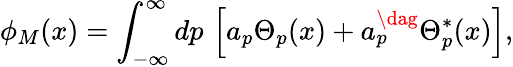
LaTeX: \phi_{M}(x)=\int_{-\infty}^{\infty}dp\, \left[a_{p}\Theta_{p}(x)+a_{p}^{\dag}\Theta_{p}^{*}(x)\right],